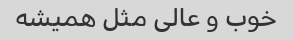
خوب و عالی مثل همیشه